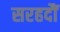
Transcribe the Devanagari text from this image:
सरहदौं